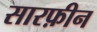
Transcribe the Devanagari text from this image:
सारफ़ीन